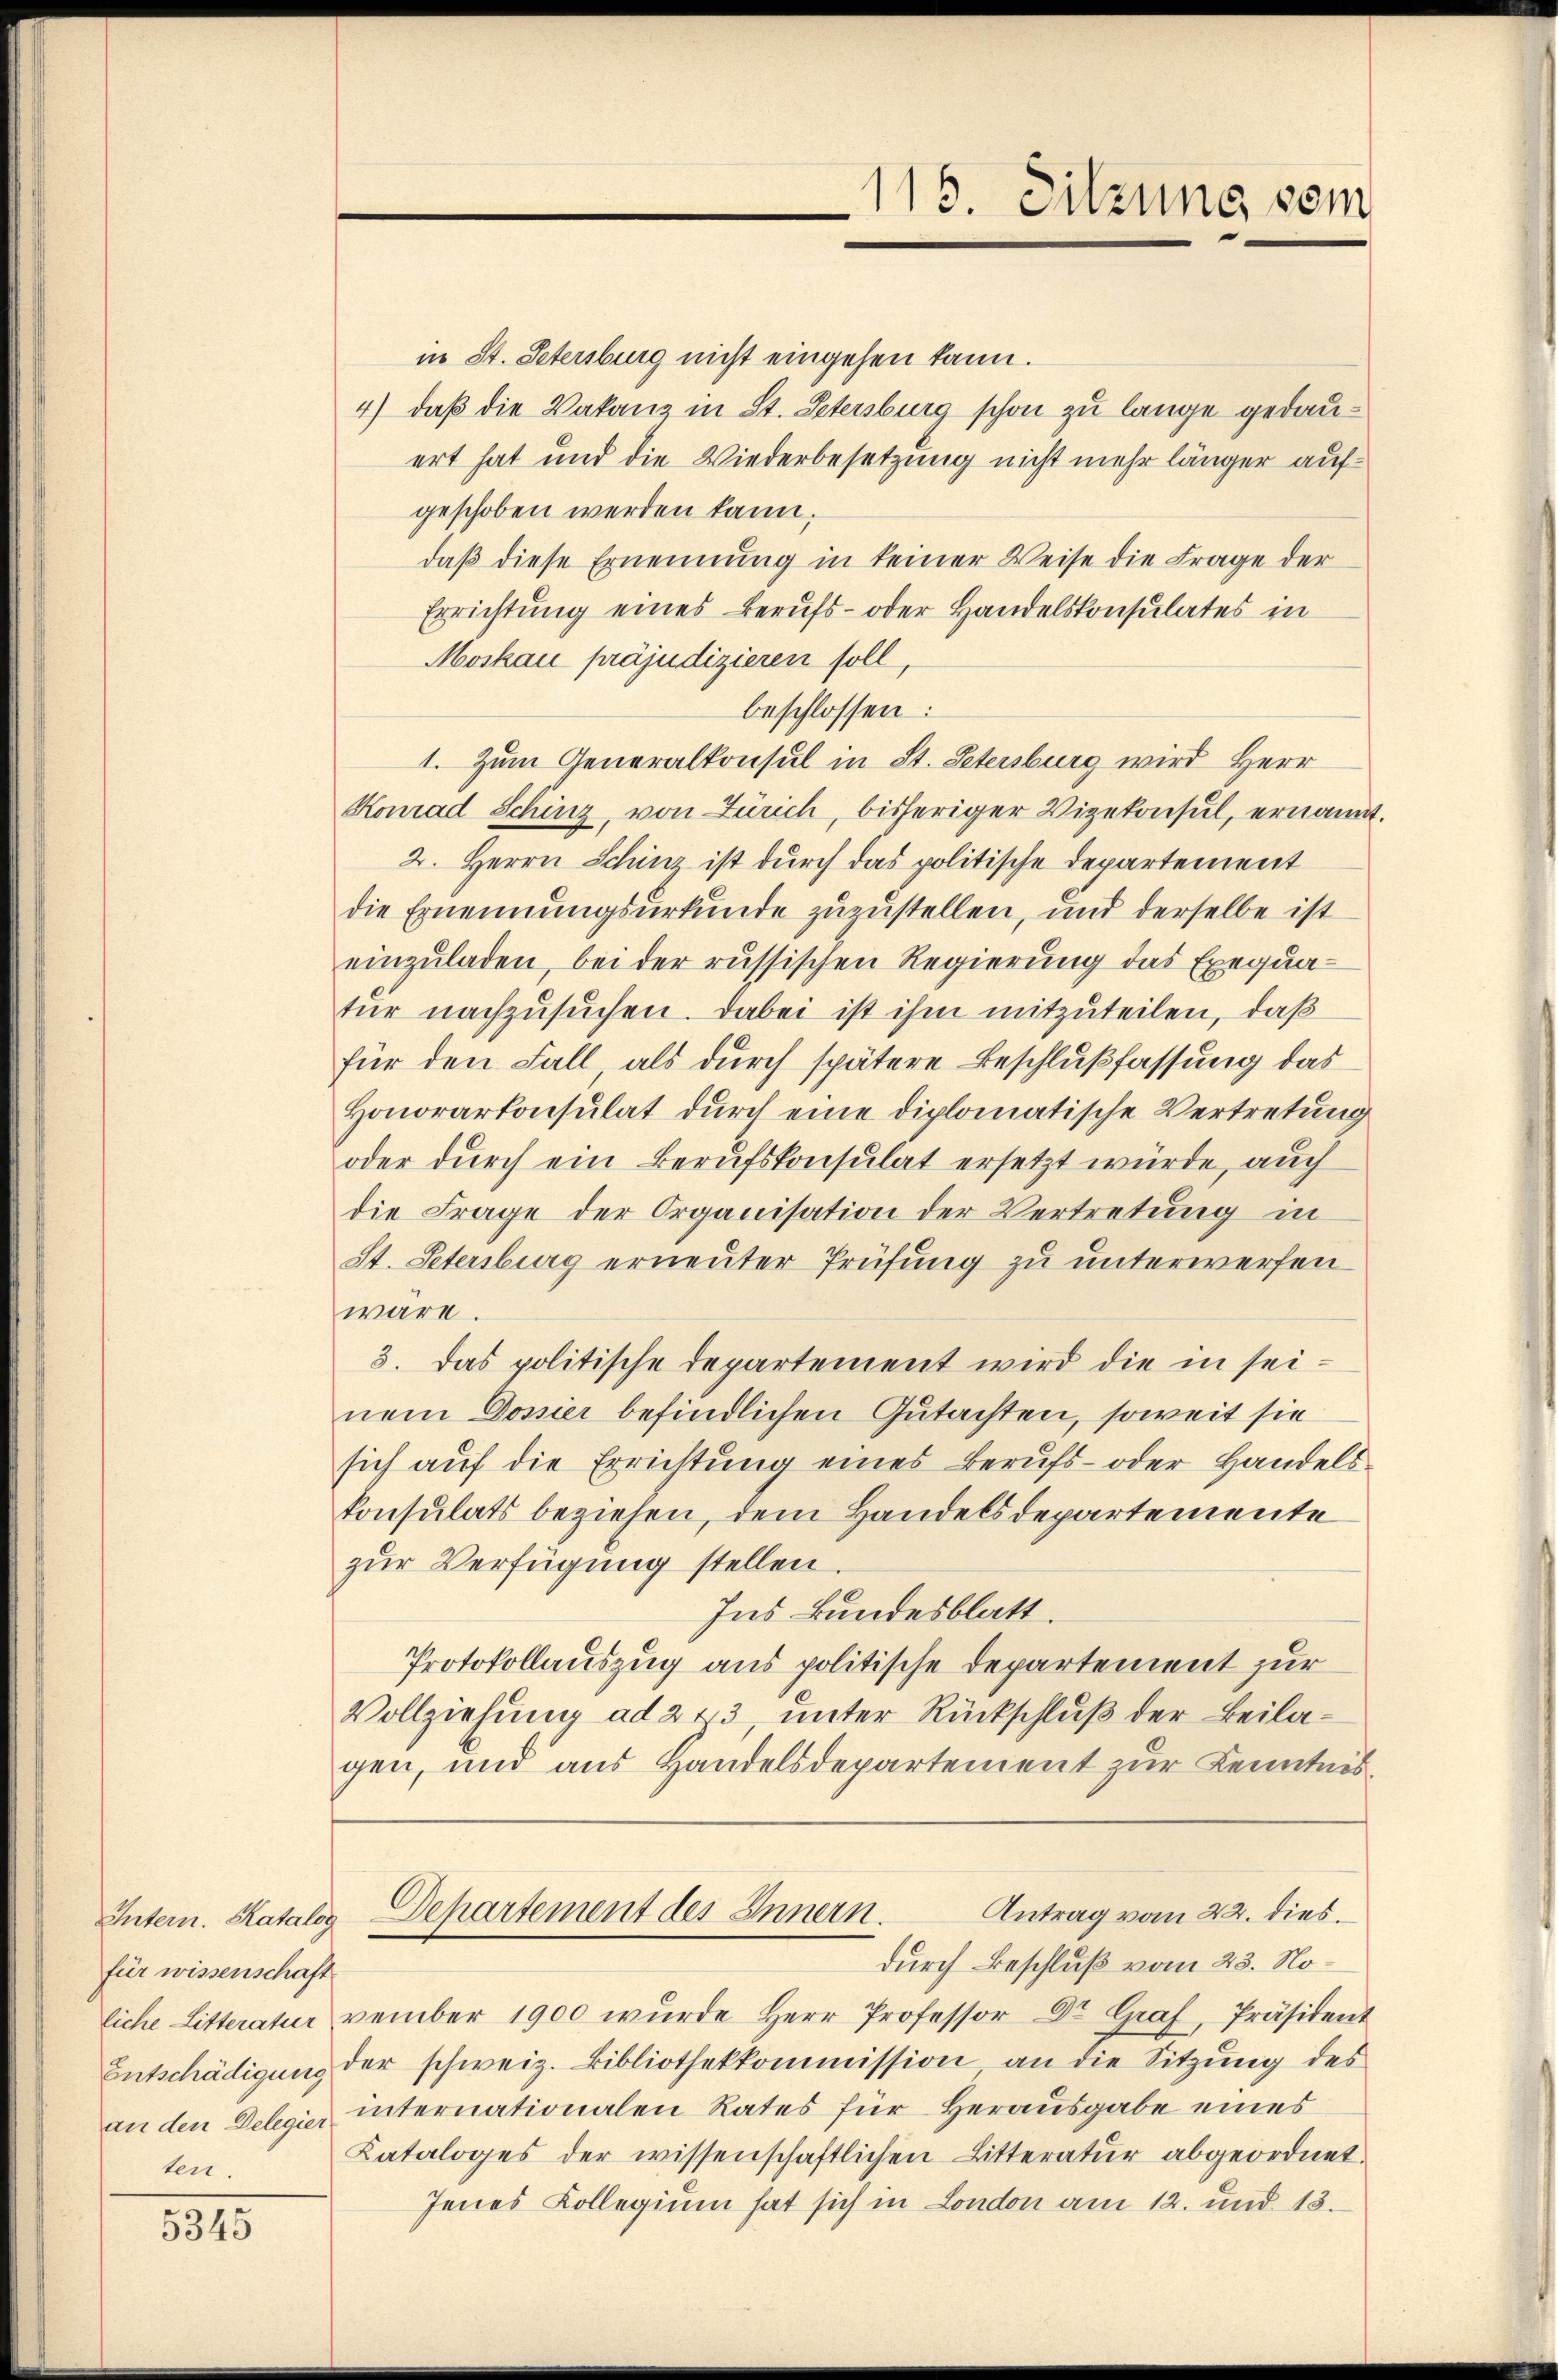
Intern. Katalog
für wissenschaft
an den Delegier
ten.

5345

118. Sitzung vom

in St. Petersburg nicht eingehen kann.
4) daß die Vakanz in St. Petersburg schon zu lange gedauert hat und die Wiederbesetzung nicht mehr länger aufgeschoben werden kann.
daß diese Ernennung in keiner Weise die Frage der
Errichtung eines Berufs- oder Handelskonsulates in
Moskau präjudizieren soll,
beschlossen:
1. Zum Generalkonsul in St. Petersburg wird Herr
Konrad Schinz, von Zürich, bisheriger Vizekonsul, ernannt.
2. Herrn Schinz ist durch das politische Departement
die Ernennungsurkunde zuzustellen, und derselbe ist
einzŭladen, bei der russischen Regierung das Exequafür nachzusuchen. Dabei ist ihm mitzuteilen, daß
für den Fall, als durch spätere Beschlußfassung das
Honorarkonsulat dŭrch eine diplomatische Vertretung
oder durch ein Berufskonsulat ersetzt würde, auch
die Frage der Organisation der Vertretung in
St. Petersburg erneuter Prüfung zu unterwerfen
wäre.
3. Das politische Departement wird die in seinem Dossier befindlichen Gutachten, soweit sie
sich aŭf die Errichtung eines Berufs- oder Handels-
konsulats beziehen, dem Handelsdepartemente
zur Verfügung stellen.
Ins Bundesblatt.
Protokollauszug aus politische Departement zur
Vollziehung ad 273, unter Rückschluß der Beilagen, und aus Handelsdepartement zur Kenntnis
Antrag vom 22. dies
Departement des Innern.
durch Beschluß vom 23. Noliche Litteratur vember 1900 wŭrde Herr Professor Dr. Graf, Präsident
Entschädigung der schweiz. Bibliothekkommission an die Sitzung des
internationalen Rates für Herausgabe eines
Kataloges der wissenschaftlichen Litteratur abgeordnet.
Jenes Collegium hat sich in London am 12. und 13.